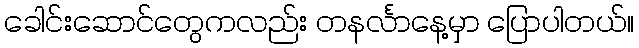
ခေါင်းဆောင်တွေကလည်း တနင်္လာနေ့မှာ ပြောပါတယ်။